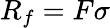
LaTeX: R_{f}=F\sigma